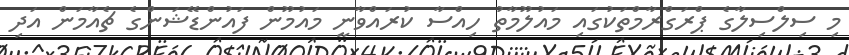
މި ސިލްސިލާގެ ޕްރަގްރާމްތަކުގައި މައުލޫމާތު ހިއްސާ ކުރައްވާނީ މައުމޫން ފައުންޑޭޝަންގެ ޗެއާމަން އަދި